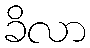
ခိလာ